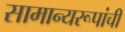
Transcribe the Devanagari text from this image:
सामान्यरूपांची